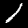
Label: 1